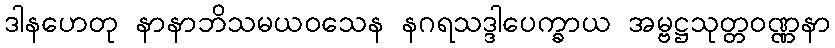
ဒါနဟေတု နာနာဘိသမယဝသေန နဂရသဒ္ဒါပေက္ခာယ အမ္ဗဋ္ဌသုတ္တဝဏ္ဏနာ